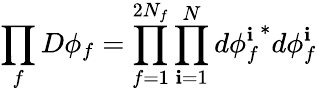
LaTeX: \prod_{f}D\phi_{f}=\prod_{f=1}^{2N_{f}}\prod_{\mathbf{i}=1}^{N}d{\phi_{f}^{\mathbf{i}}}^{*}d\phi_{f}^{\mathbf{i}}